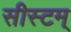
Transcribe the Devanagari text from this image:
सीस्टम्